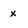
Character: x